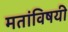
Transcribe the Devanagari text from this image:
मतांविषयी